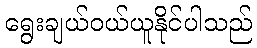
ရွေးချယ်ဝယ်ယူနိုင်ပါသည်